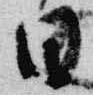
日